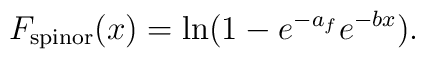
F_{\rm spinor}(x) = \ln ( 1 - e^{- a_f} e^{- bx}).